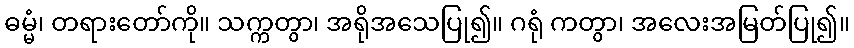
ဓမ္မံ၊ တရားတော်ကို။ သက္ကတွာ၊ အရိုအသေပြု၍။ ဂရုံ ကတွာ၊ အလေးအမြတ်ပြု၍။